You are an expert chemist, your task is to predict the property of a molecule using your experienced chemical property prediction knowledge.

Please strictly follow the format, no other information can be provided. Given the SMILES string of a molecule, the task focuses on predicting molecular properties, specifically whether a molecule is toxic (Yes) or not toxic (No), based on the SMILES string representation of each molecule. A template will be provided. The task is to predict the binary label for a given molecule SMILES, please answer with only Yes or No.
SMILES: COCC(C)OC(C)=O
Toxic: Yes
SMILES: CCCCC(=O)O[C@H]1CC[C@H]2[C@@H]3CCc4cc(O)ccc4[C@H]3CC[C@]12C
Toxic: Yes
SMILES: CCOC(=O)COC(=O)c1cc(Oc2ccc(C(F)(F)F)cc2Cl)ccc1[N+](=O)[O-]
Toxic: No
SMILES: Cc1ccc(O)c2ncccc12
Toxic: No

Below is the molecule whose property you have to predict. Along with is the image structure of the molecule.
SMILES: CC1=C(C(=O)Nc2ccccc2)S(=O)(=O)CCO1
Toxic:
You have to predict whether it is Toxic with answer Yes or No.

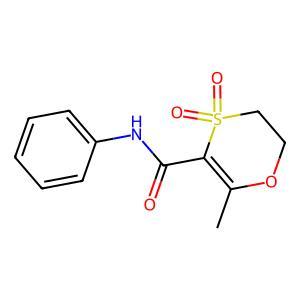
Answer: No